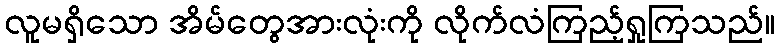
လူမရှိသော အိမ်တွေအားလုံးကို လိုက်လံကြည့်ရှုကြသည်။